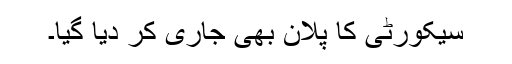
سیکورٹی کا پلان بھی جاری کر دیا گیا۔